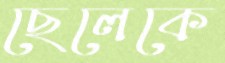
ছেলেকে